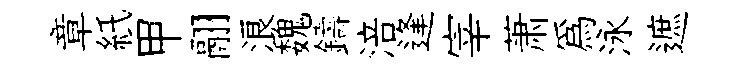
章紙甲翮浪魏鑄涪逢宰萧爲泳遮